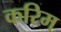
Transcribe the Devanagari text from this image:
करिम